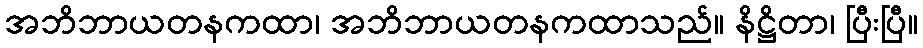
အဘိဘာယတနကထာ၊ အဘိဘာယတနကထာသည်။ နိဋ္ဌိတာ၊ ပြီးပြီ။